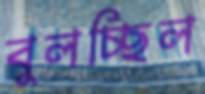
বুলচ্ছিল